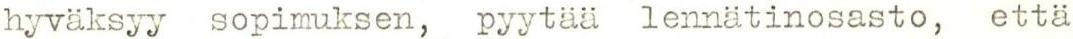
hyväksyy sopimuksen, pyytää lennätinosasto, että